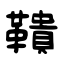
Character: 鞼